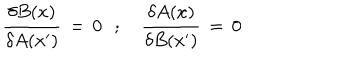
{ \frac { \delta B ( x ) } { \delta A ( x ^ { \prime } ) } } \, = \, 0 \, \, \, \, ; \, \, \, \, \, \, { \frac { \delta A ( x ) } { \delta B ( x ^ { \prime } ) } } \, = \, 0